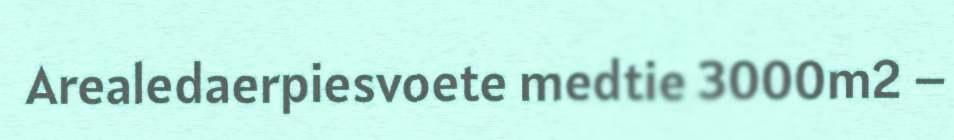
Arealedaerpiesvoete medtie 3000m2 –